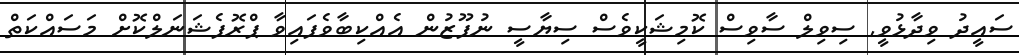
ސައީދު ވިދާޅުވީ